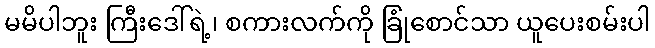
မမိပါဘူး ကြီးဒေါ်ရဲ့၊ စကားလက်ကို ခြုံစောင်သာ ယူပေးစမ်းပါ